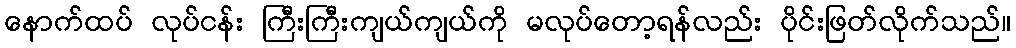
နောက်ထပ် လုပ်ငန်း ကြီးကြီးကျယ်ကျယ်ကို မလုပ်တော့ရန်လည်း ပိုင်းဖြတ်လိုက်သည်။